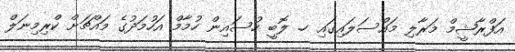
އަފްރާޝީމް މަރާލި މައްސަލައިގައި ހ. ލޮބީ ހުސައިން ހުމާމް އަހުމަދުގެ މައްޗަށް ކްރިމިނަލް